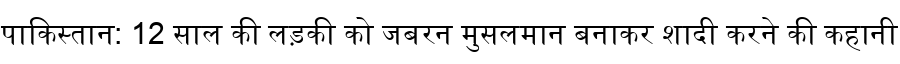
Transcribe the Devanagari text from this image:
पाकिस्तान: 12 साल की लड़की को जबरन मुसलमान बनाकर शादी करने की कहानी